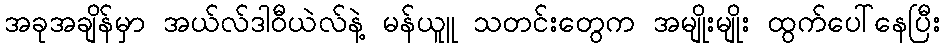
အခုအချိန်မှာ အယ်လ်ဒါဝီယဲလ်နဲ့ မန်ယူူ သတင်းတွေက အမျိုးမျိုး ထွက်ပေါ်နေပြီး